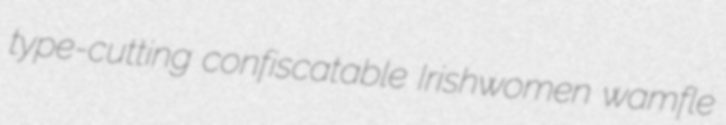
type-cutting confiscatable Irishwomen wamfle